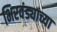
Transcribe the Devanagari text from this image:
भिरवंड्याच्या